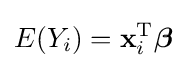
E(Y_{i})=\mathbf {x} _{i}^{\rm {T}}{\boldsymbol {\beta }}